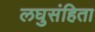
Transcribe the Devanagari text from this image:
लघुसंहिता